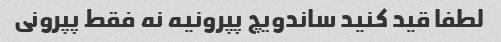
لطفا قید کنید ساندویچ پپرونیه نه فقط پپرونی